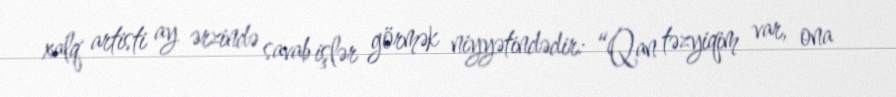
xalq artisti ay ərzində savab işlər görmək niyyətindədir: “Qan təzyiqim var, ona